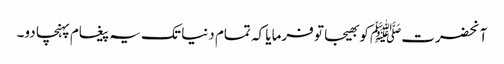
آنحضرتﷺ کو بھیجا تو فرمایا کہ تمام دنیا تک یہ پیغام پہنچا دو۔